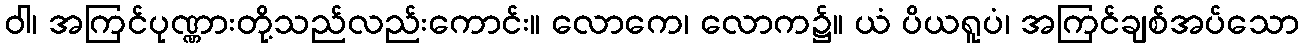
ဝါ၊ အကြင်ပုဏ္ဏားတို့သည်လည်းကောင်း။ လောကေ၊ လောက၌။ ယံ ပိယရူပံ၊ အကြင်ချစ်အပ်သော